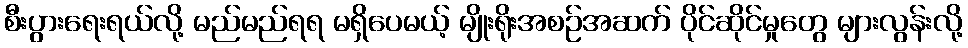
စီးပွားရေးရယ်လို့ မည်မည်ရရ မရှိပေမယ့် မျိုးရိုးအစဉ်အဆက် ပိုင်ဆိုင်မှုတွေ များလွန်းလို့